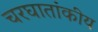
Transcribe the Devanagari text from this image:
चरघातांकीय